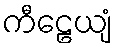
ကီဠေယျံ